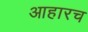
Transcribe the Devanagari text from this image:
आहारच